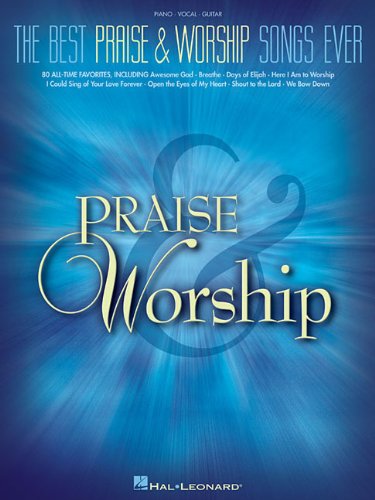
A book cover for The Best Praise & Worship Songs Ever: Piano, Vocal, Guitar; Hal Leonard Corporation; Christian Books & Bibles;